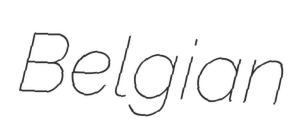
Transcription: Belgian